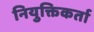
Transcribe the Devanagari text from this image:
नियुक्तिकर्ता